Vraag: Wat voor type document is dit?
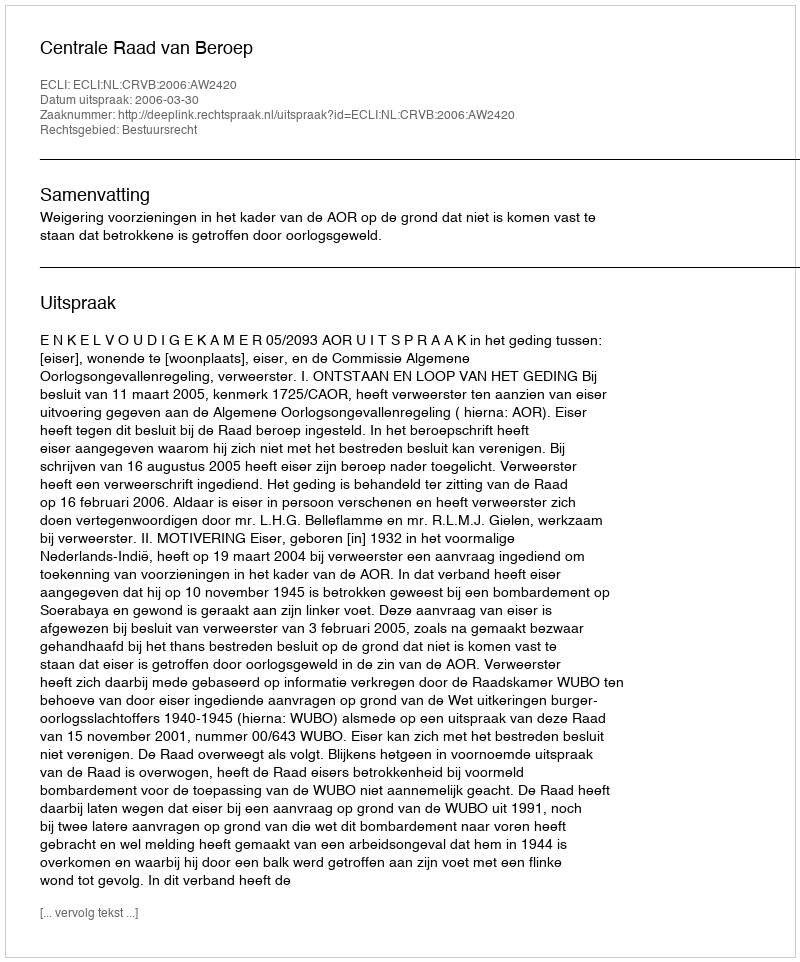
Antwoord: Uitspraak